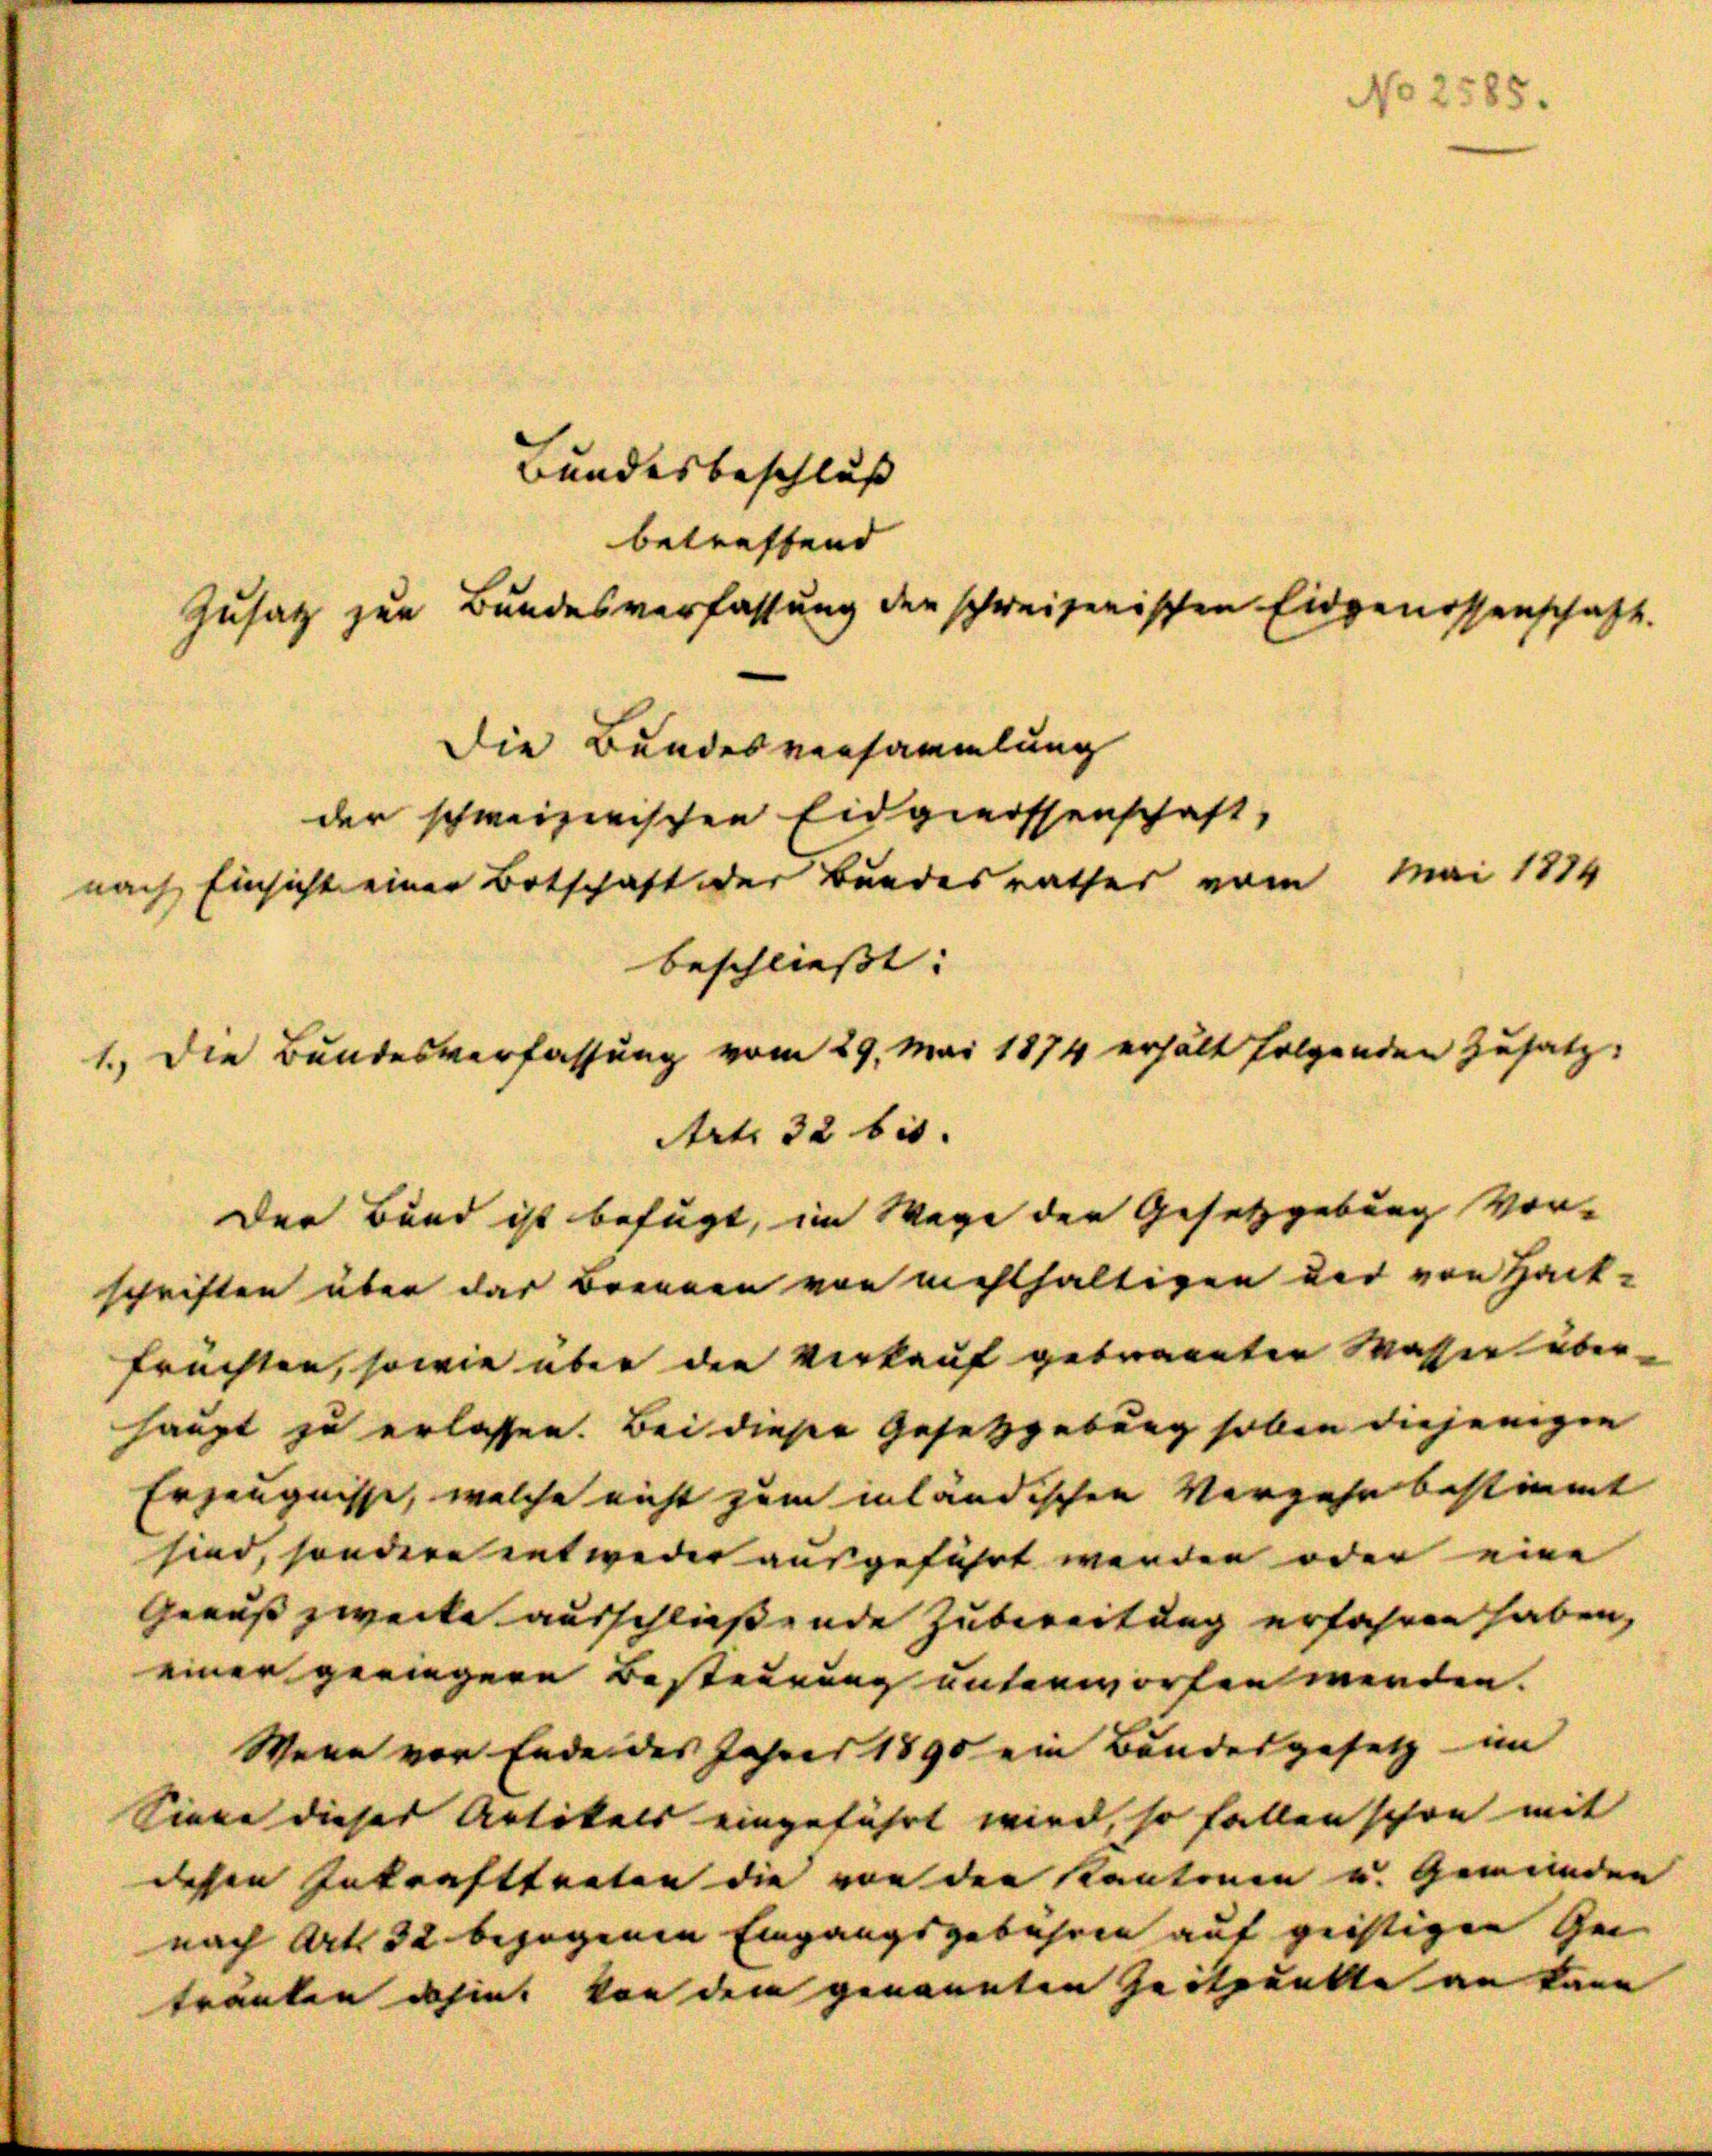
Bundesbeschluss |
betreffend
Zusatz zur Bundesverfassung der schweizerischen Eidgenossenschaft.
Die Bundesversammlung
der schweizerischen Eidgenossenschaft,
nach Einsicht einer Botschaft der Bundesrathes vom Mai 1884
beschliesst: |
1.) Die Bundesverfassung vom 29. Mai 1874 erhält folgenden Zusatz-
Art. 32 bis.
Der Bund ist befugt, im Wege der Gesetzgebung vor-
schriften über das Brennen von nichthaltigen der von Hack-
früchten, sowie über den Verkauf gebrannten Wasser überhaupt zu erlassen. Bei dieser Gesetzgebung hoben diejenigen
Erzeugnisse, welche nicht zum inländischen Verzehn bestimmt
sind, sondern entweder ausgeführt werden oder eine
Geauß zwecke ausschließende Zubereitung erfahren haben,
einer geringere Besteurung unterworfen werden.
Wenn vor Ende des Jahres 1890 ein Bundesgesetz im
Sinne dieser Artikels eingeführt wird, so fallen schon mit
dessen Inkrafttreten die von der Kantonen u. Gemeinden
nach Art. 32 bezogenen Eingangsgebühren auf sichtigen Ge
tränken dahin von dem genannten Zeitpunkte an kann

No 2585.